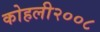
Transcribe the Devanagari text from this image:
कोहली२००८